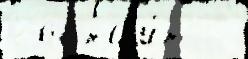
состоjи́т